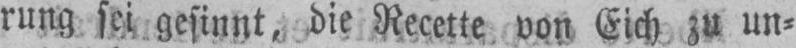
rung sei gesinnt, die Recette von Eich zu un⸗